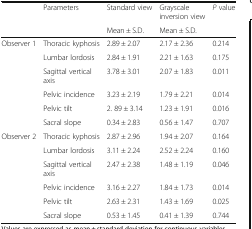
<table><thead><tr><td rowspan="2">[EMPTY_CELL]</td><td rowspan="2"><b>Parameters</b></td><td><b>Standard view</b></td><td><b>Grayscale inversion view</b></td><td><b><i>P</i> value</b></td></tr><tr><td><b>Mean ± S.D.</b></td><td><b>Mean ± S.D.</b></td><td>[EMPTY_CELL]</td></tr></thead><tbody><tr><td rowspan="6">Observer 1</td><td>Thoracic kyphosis</td><td>2.89 ± 2.07</td><td>2.17 ± 2.36</td><td>0.214</td></tr><tr><td>Lumbar lordosis</td><td>2.84 ± 1.91</td><td>2.21 ± 1.63</td><td>0.175</td></tr><tr><td>Sagittal vertical axis</td><td>3.78 ± 3.01</td><td>2.07 ± 1.83</td><td>0.011</td></tr><tr><td>Pelvic incidence</td><td>3.23 ± 2.19</td><td>1.79 ± 2.21</td><td>0.014</td></tr><tr><td>Pelvic tilt</td><td>2. 89 ± 3.14</td><td>1.23 ± 1.91</td><td>0.016</td></tr><tr><td>Sacral slope</td><td>0.34 ± 2.83</td><td>0.56 ± 1.47</td><td>0.707</td></tr><tr><td rowspan="6">Observer 2</td><td>Thoracic kyphosis</td><td>2.87 ± 2.96</td><td>1.94 ± 2.07</td><td>0.164</td></tr><tr><td>Lumbar lordosis</td><td>3.11 ± 2.24</td><td>2.52 ± 2.24</td><td>0.160</td></tr><tr><td>Sagittal vertical axis</td><td>2.47 ± 2.38</td><td>1.48 ± 1.19</td><td>0.046</td></tr><tr><td>Pelvic incidence</td><td>3.16 ± 2.27</td><td>1.84 ± 1.73</td><td>0.014</td></tr><tr><td>Pelvic tilt</td><td>2.63 ± 2.31</td><td>1.43 ± 1.69</td><td>0.025</td></tr><tr><td>Sacral slope</td><td>0.53 ± 1.45</td><td>0.41 ± 1.39</td><td>0.744</td></tr></tbody></table>